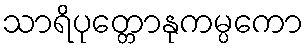
သာရိပုတ္တောနုကမ္ပကော